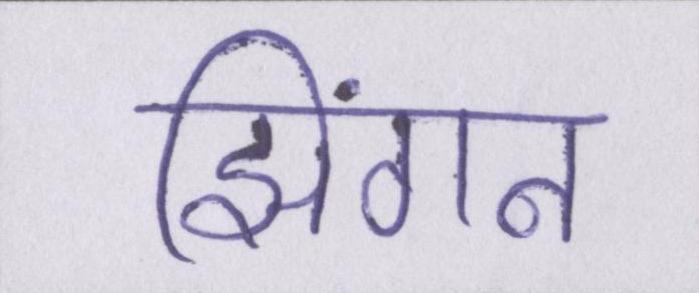
झिंगन